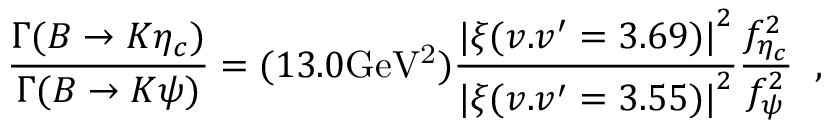
\frac { \Gamma ( B \rightarrow K \eta _ { c } ) } { \Gamma ( B \rightarrow K \psi ) } = ( 1 3 . 0 \mathrm { G e V ^ { 2 } } ) \frac { { \vert \xi ( v . v ^ { \prime } = 3 . 6 9 ) \vert } ^ { 2 } } { { \vert \xi ( v . v ^ { \prime } = 3 . 5 5 ) \vert } ^ { 2 } } \frac { f _ { \eta _ { c } } ^ { 2 } } { f _ { \psi } ^ { 2 } } \; \; ,